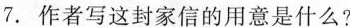
7. 作者写这封家信的用意是什么?